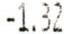
-1.32